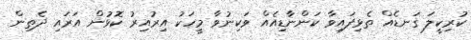
ކުރިކީލަ ގަނޑެއް ތެޅިފައިވާ ކަންނާޑިއެއް ވަކިނުވާ މީހަކު އިރުއިރު ކޮޅުން އަރައި ދެތިން